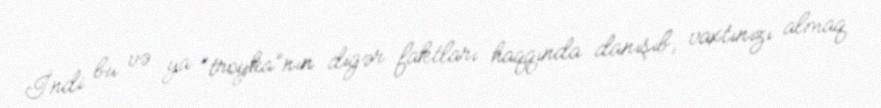
İndi bu və ya “troyka”nın digər faktları haqqında danışıb, vaxtınızı almaq